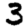
Digit: 3